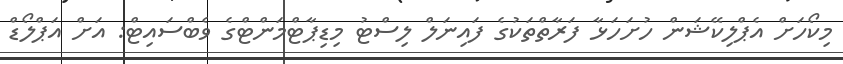
މިކޯހަށް އެޕްލިކޭޝަން ހުށަހަޅާ ފަރާތްތަކުގެ ފައިނަލް ލިސްޓު މިޑިޕާޓްމަންޓްގެ ވެބްސައިޓް: އަށް އަޕްލޯޑް